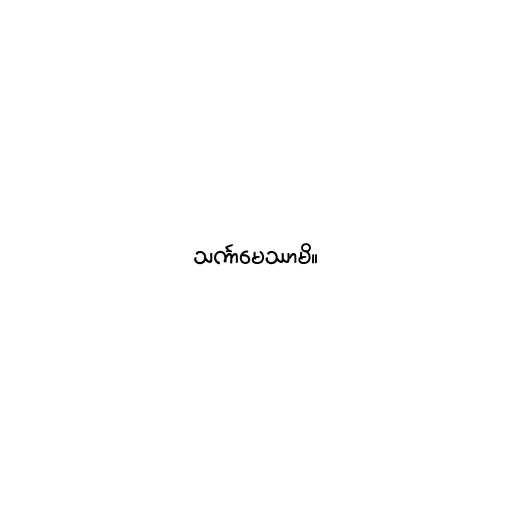
သင်္ကာမေဿာမိ။